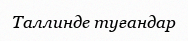
Таллинде туғандар